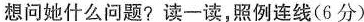
想问她什么问题?读一读,照例连线(6分